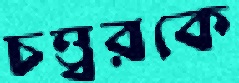
চত্ত্বরকে